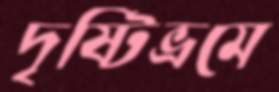
দৃষ্টিভ্রমে